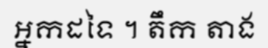
អ្នកដទៃ ។ តឹក តាង